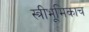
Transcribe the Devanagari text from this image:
स्त्रीभूमिकाच